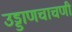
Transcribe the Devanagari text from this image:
उड्डाणचाचणी